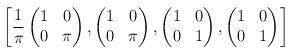
LaTeX: \begin{align*}\left[ \frac{1}{\pi} \begin{pmatrix} 1 & 0 \\ 0 & \pi \end{pmatrix}, \begin{pmatrix} 1 & 0 \\ 0 & \pi \end{pmatrix}, \begin{pmatrix} 1 & 0 \\ 0 & 1 \end{pmatrix}, \begin{pmatrix} 1 & 0 \\ 0 & 1 \end{pmatrix} \right]\end{align*}